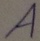
Text: A